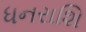
ધનરાશિ